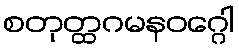
စတုတ္ထဂမနဝဂ္ဂေါ